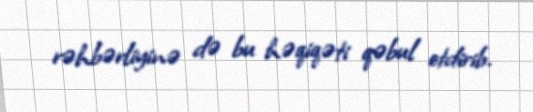
rəhbərliyinə də bu həqiqəti qəbul etdirib.